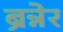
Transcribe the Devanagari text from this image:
ब्रन्नेर